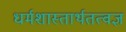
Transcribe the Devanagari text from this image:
धर्मशास्तार्थतत्वज्ञ